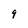
Character: 9